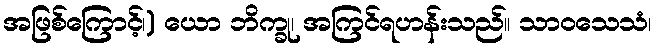
အဖြစ်ကြောင့်၊) ယော ဘိက္ခု၊ အကြင်ရဟန်းသည်။ သာဝသေသံ၊